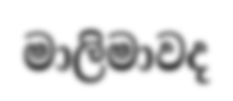
මාලිමාවද